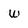
Character: w